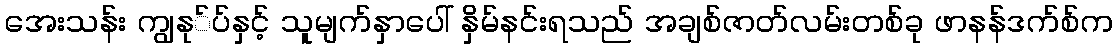
အေးသန်း ကျွနု်ပ်နှင့် သူမျက်နှာပေါ် နှိမ်နင်းရသည် အချစ်ဇာတ်လမ်းတစ်ခု ဖာနန်ဒက်စ်က